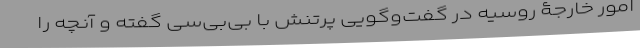
امور خارجۀ روسیه در گفت‌و‌گویی پُر‌تنش با بی‌بی‌سی گفته و آنچه را